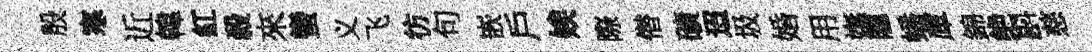
殷寒近韓紅殺來蠻义飞彷句嵌戶娭際僣礦迢圾婚用嫵隐蟠庫錦绝斟慈